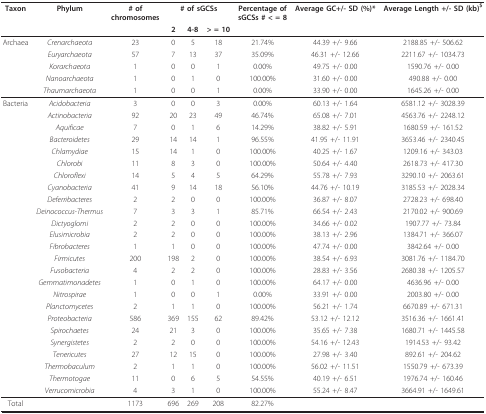
<table><thead><tr><td><b>Taxon</b></td><td><b>Phylum</b></td><td><b># ofchromosomes</b></td><td colspan="3"><b># of sGCSs</b></td><td><b>Percentage ofsGCSs # &lt; = 8</b></td><td><b>Average GC+/- SD (%)*</b></td><td><b>Average Length +/- SD (kb)<sup>$</sup></b></td></tr><tr><td></td><td></td><td></td><td><b>2</b></td><td><b>4-8</b></td><td><b>&gt; = 10</b></td><td></td><td></td><td></td></tr></thead><tbody><tr><td>Archaea</td><td><i>Crenarchaeota</i></td><td>23</td><td>0</td><td>5</td><td>18</td><td>21.74%</td><td>44.39 +/- 9.66</td><td>2188.85 +/- 506.62</td></tr><tr><td></td><td><i>Euryarchaeota</i></td><td>57</td><td>7</td><td>13</td><td>37</td><td>35.09%</td><td>46.31 +/- 12.66</td><td>2211.67 +/- 1034.73</td></tr><tr><td></td><td><i>Korarchaeota</i></td><td>1</td><td>0</td><td>0</td><td>1</td><td>0.00%</td><td>49.75 +/- 0.00</td><td>1590.76 +/- 0.00</td></tr><tr><td></td><td><i>Nanoarchaeota</i></td><td>1</td><td>0</td><td>1</td><td>0</td><td>100.00%</td><td>31.60 +/- 0.00</td><td>490.88 +/- 0.00</td></tr><tr><td></td><td><i>Thaumarchaeota</i></td><td>1</td><td>0</td><td>0</td><td>1</td><td>0.00%</td><td>33.90 +/- 0.00</td><td>1645.26 +/- 0.00</td></tr><tr><td>Bacteria</td><td><i>Acidobacteria</i></td><td>3</td><td>0</td><td>0</td><td>3</td><td>0.00%</td><td>60.13 +/- 1.64</td><td>6581.12 +/- 3028.39</td></tr><tr><td></td><td><i>Actinobacteria</i></td><td>92</td><td>20</td><td>23</td><td>49</td><td>46.74%</td><td>65.08 +/- 7.01</td><td>4563.76 +/- 2248.12</td></tr><tr><td></td><td><i>Aquificae</i></td><td>7</td><td>0</td><td>1</td><td>6</td><td>14.29%</td><td>38.82 +/- 5.91</td><td>1680.59 +/- 161.52</td></tr><tr><td></td><td><i>Bacteroidetes</i></td><td>29</td><td>14</td><td>14</td><td>1</td><td>96.55%</td><td>41.95 +/- 11.91</td><td>3653.46 +/- 2340.45</td></tr><tr><td></td><td><i>Chlamydiae</i></td><td>15</td><td>14</td><td>1</td><td>0</td><td>100.00%</td><td>40.25 +/- 1.67</td><td>1209.16 +/- 343.03</td></tr><tr><td></td><td><i>Chlorobi</i></td><td>11</td><td>8</td><td>3</td><td>0</td><td>100.00%</td><td>50.64 +/- 4.40</td><td>2618.73 +/- 417.30</td></tr><tr><td></td><td><i>Chloroflexi</i></td><td>14</td><td>5</td><td>4</td><td>5</td><td>64.29%</td><td>55.78 +/- 7.93</td><td>3290.10 +/- 2063.61</td></tr><tr><td></td><td><i>Cyanobacteria</i></td><td>41</td><td>9</td><td>14</td><td>18</td><td>56.10%</td><td>44.76 +/- 10.19</td><td>3185.53 +/- 2028.34</td></tr><tr><td></td><td><i>Deferribacteres</i></td><td>2</td><td>2</td><td>0</td><td>0</td><td>100.00%</td><td>36.87 +/- 8.07</td><td>2728.23 +/- 698.40</td></tr><tr><td></td><td><i>Deinococcus-Thermus</i></td><td>7</td><td>3</td><td>3</td><td>1</td><td>85.71%</td><td>66.54 +/- 2.43</td><td>2170.02 +/- 900.69</td></tr><tr><td></td><td><i>Dictyoglomi</i></td><td>2</td><td>2</td><td>0</td><td>0</td><td>100.00%</td><td>34.66 +/- 0.02</td><td>1907.77 +/- 73.84</td></tr><tr><td></td><td><i>Elusimicrobia</i></td><td>2</td><td>2</td><td>0</td><td>0</td><td>100.00%</td><td>38.13 +/- 2.96</td><td>1384.71 +/- 366.07</td></tr><tr><td></td><td><i>Fibrobacteres</i></td><td>1</td><td>1</td><td>0</td><td>0</td><td>100.00%</td><td>47.74 +/- 0.00</td><td>3842.64 +/- 0.00</td></tr><tr><td></td><td><i>Firmicutes</i></td><td>200</td><td>198</td><td>2</td><td>0</td><td>100.00%</td><td>38.54 +/- 6.93</td><td>3081.76 +/- 1184.70</td></tr><tr><td></td><td><i>Fusobacteria</i></td><td>4</td><td>2</td><td>2</td><td>0</td><td>100.00%</td><td>28.83 +/- 3.56</td><td>2680.38 +/- 1205.57</td></tr><tr><td></td><td><i>Gemmatimonadetes</i></td><td>1</td><td>0</td><td>1</td><td>0</td><td>100.00%</td><td>64.17 +/- 0.00</td><td>4636.96 +/- 0.00</td></tr><tr><td></td><td><i>Nitrospirae</i></td><td>1</td><td>0</td><td>0</td><td>1</td><td>0.00%</td><td>33.91 +/- 0.00</td><td>2003.80 +/- 0.00</td></tr><tr><td></td><td><i>Planctomycetes</i></td><td>2</td><td>1</td><td>1</td><td>0</td><td>100.00%</td><td>56.21 +/- 1.74</td><td>6670.89 +/- 671.31</td></tr><tr><td></td><td><i>Proteobacteria</i></td><td>586</td><td>369</td><td>155</td><td>62</td><td>89.42%</td><td>53.12 +/- 12.12</td><td>3516.36 +/- 1661.41</td></tr><tr><td></td><td><i>Spirochaetes</i></td><td>24</td><td>21</td><td>3</td><td>0</td><td>100.00%</td><td>35.65 +/- 7.38</td><td>1680.71 +/- 1445.58</td></tr><tr><td></td><td><i>Synergistetes</i></td><td>2</td><td>2</td><td>0</td><td>0</td><td>100.00%</td><td>54.16 +/- 12.43</td><td>1914.53 +/- 93.42</td></tr><tr><td></td><td><i>Tenericutes</i></td><td>27</td><td>12</td><td>15</td><td>0</td><td>100.00%</td><td>27.98 +/- 3.40</td><td>892.61 +/- 204.62</td></tr><tr><td></td><td><i>Thermobaculum</i></td><td>2</td><td>1</td><td>1</td><td>0</td><td>100.00%</td><td>56.02 +/- 11.51</td><td>1550.79 +/- 673.39</td></tr><tr><td></td><td><i>Thermotogae</i></td><td>11</td><td>0</td><td>6</td><td>5</td><td>54.55%</td><td>40.19 +/- 6.51</td><td>1976.74 +/- 160.46</td></tr><tr><td></td><td><i>Verrucomicrobia</i></td><td>4</td><td>3</td><td>1</td><td>0</td><td>100.00%</td><td>55.24 +/- 8.47</td><td>3664.91 +/- 1649.61</td></tr><tr><td>Total</td><td></td><td>1173</td><td>696</td><td>269</td><td>208</td><td>82.27%</td><td></td><td></td></tr></tbody></table>